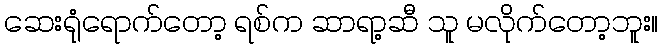
ဆေးရုံရောက်တော့ ရစ်က ဆာရာ့ဆီ သူ မလိုက်တော့ဘူး။